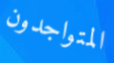
المتواجدون